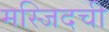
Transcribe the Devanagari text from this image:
मस्जिदची